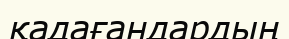
қадағандардың